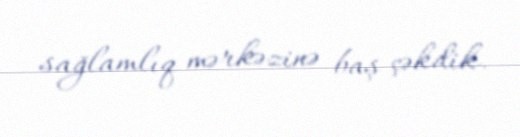
sağlamlıq mərkəzinə baş çəkdik.